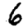
Digit: 6